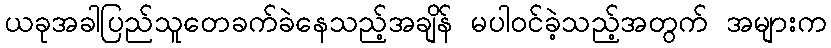
ယခုအခါပြည်သူတေခက်ခဲနေသည့်အချိန် မပါဝင်ခဲ့သည့်အတွက် အများက